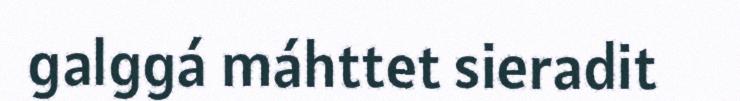
galggá máhttet sieradit